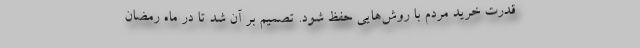
قدرت خرید مردم با روش‌هایی حفظ شود. تصمیم بر آن شد تا در ماه رمضان